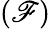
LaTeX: (\mathscr{F})